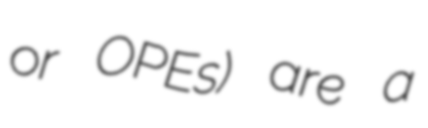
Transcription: or OPEs) are a